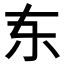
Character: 𫠣